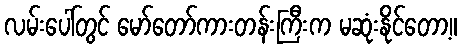
လမ်းပေါ်တွင် မော်တော်ကားတန်းကြီးက မဆုံးနိုင်တော့။